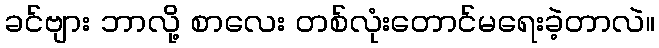
ခင်ဗျား ဘာလို့ စာလေး တစ်လုံးတောင်မရေးခဲ့တာလဲ။